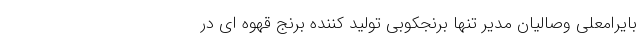
بایرامعلی وصالیان مدیر تنها برنجکوبی تولید کننده برنج قهوه ای در